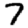
Digit: 7